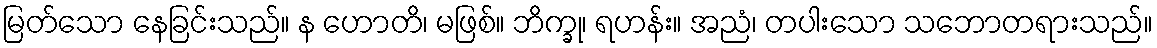
မြတ်သော နေခြင်းသည်။ န ဟောတိ၊ မဖြစ်။ ဘိက္ခု၊ ရဟန်း။ အညံ၊ တပါးသော သဘောတရားသည်။